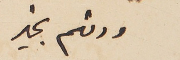
ودمتم بخير